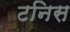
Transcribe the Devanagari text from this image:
टनिस